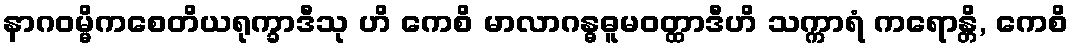
နာဂဝမ္မိကစေတိယရုက္ခာဒီသု ဟိ ကေစိ မာလာဂန္ဓဓူမဝတ္ထာဒီဟိ သက္ကာရံ ကရောန္တိ, ကေစိ